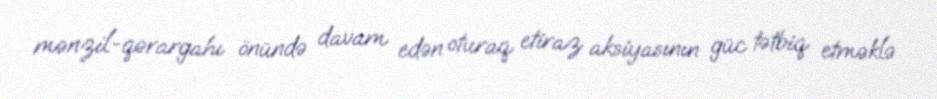
mənzil-qərargahı önündə davam edən oturaq etiraz aksiyasının güc tətbiq etməklə